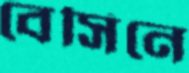
বেসিনে